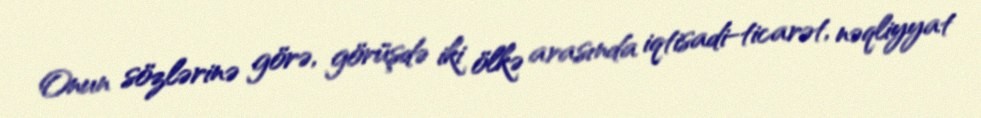
Onun sözlərinə görə, görüşdə iki ölkə arasında iqtisadi-ticarət, nəqliyyat